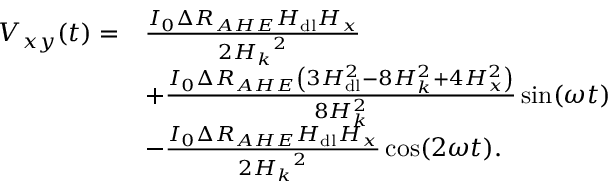
\begin{array} { r l } { V _ { x y } ( t ) = } & { \frac { I _ { 0 } \Delta R _ { A H E } H _ { \mathrm { d l } } H _ { x } } { 2 { H _ { k } } ^ { 2 } } } \\ & { + \frac { I _ { 0 } \Delta R _ { A H E } \left( 3 H _ { \mathrm { d l } } ^ { 2 } - 8 H _ { k } ^ { 2 } + 4 H _ { x } ^ { 2 } \right) } { 8 H _ { k } ^ { 2 } } \sin ( \omega t ) } \\ & { - \frac { I _ { 0 } \Delta R _ { A H E } H _ { \mathrm { d l } } H _ { x } } { 2 { H _ { k } } ^ { 2 } } \cos ( 2 \omega t ) . } \end{array}